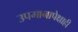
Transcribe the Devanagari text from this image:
उपमानापेक्षाही